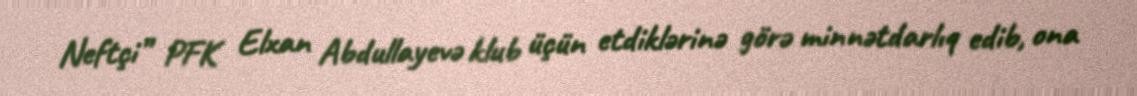
Neftçi” PFK Elxan Abdullayevə klub üçün etdiklərinə görə minnətdarlıq edib, ona